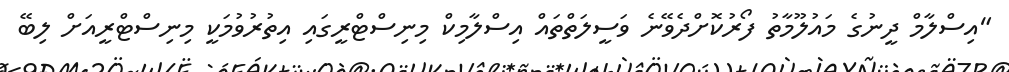
"އިސްލާމް ދީނުގެ މައުލޫމާތު ފޯރުކޮށްދެވޭނެ ވަސީލަތްތައް އިސްލާމިކް މިނިސްޓްރީގައި އިތުރުވުމަކީ މިނިސްޓްރީއަށް ލިބޭ